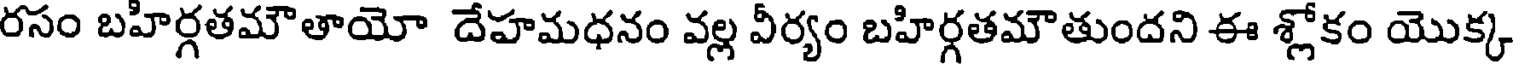
రసం బహిర్గతమౌతాయో దేహమధనం వల్ల వీర్యం బహిర్గతమౌతుందని ఈ శ్లోకం యొక్క